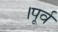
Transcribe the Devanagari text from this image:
।पूर्व